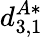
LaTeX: d_{3,1}^{A*}